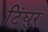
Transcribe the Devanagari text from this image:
टिंघुर